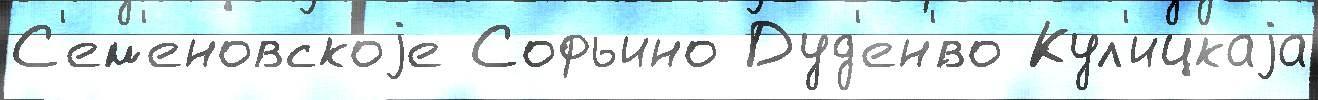
С'ем'еновскоjе Софьино Дуд'ен'́во Кул'ицкаjа